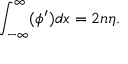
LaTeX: \int _ { - \infty } ^ { \infty } ( \phi ^ { \prime } ) d x = 2 n \eta .